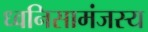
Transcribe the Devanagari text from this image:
ध्वनिसामंजस्य